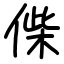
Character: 偨